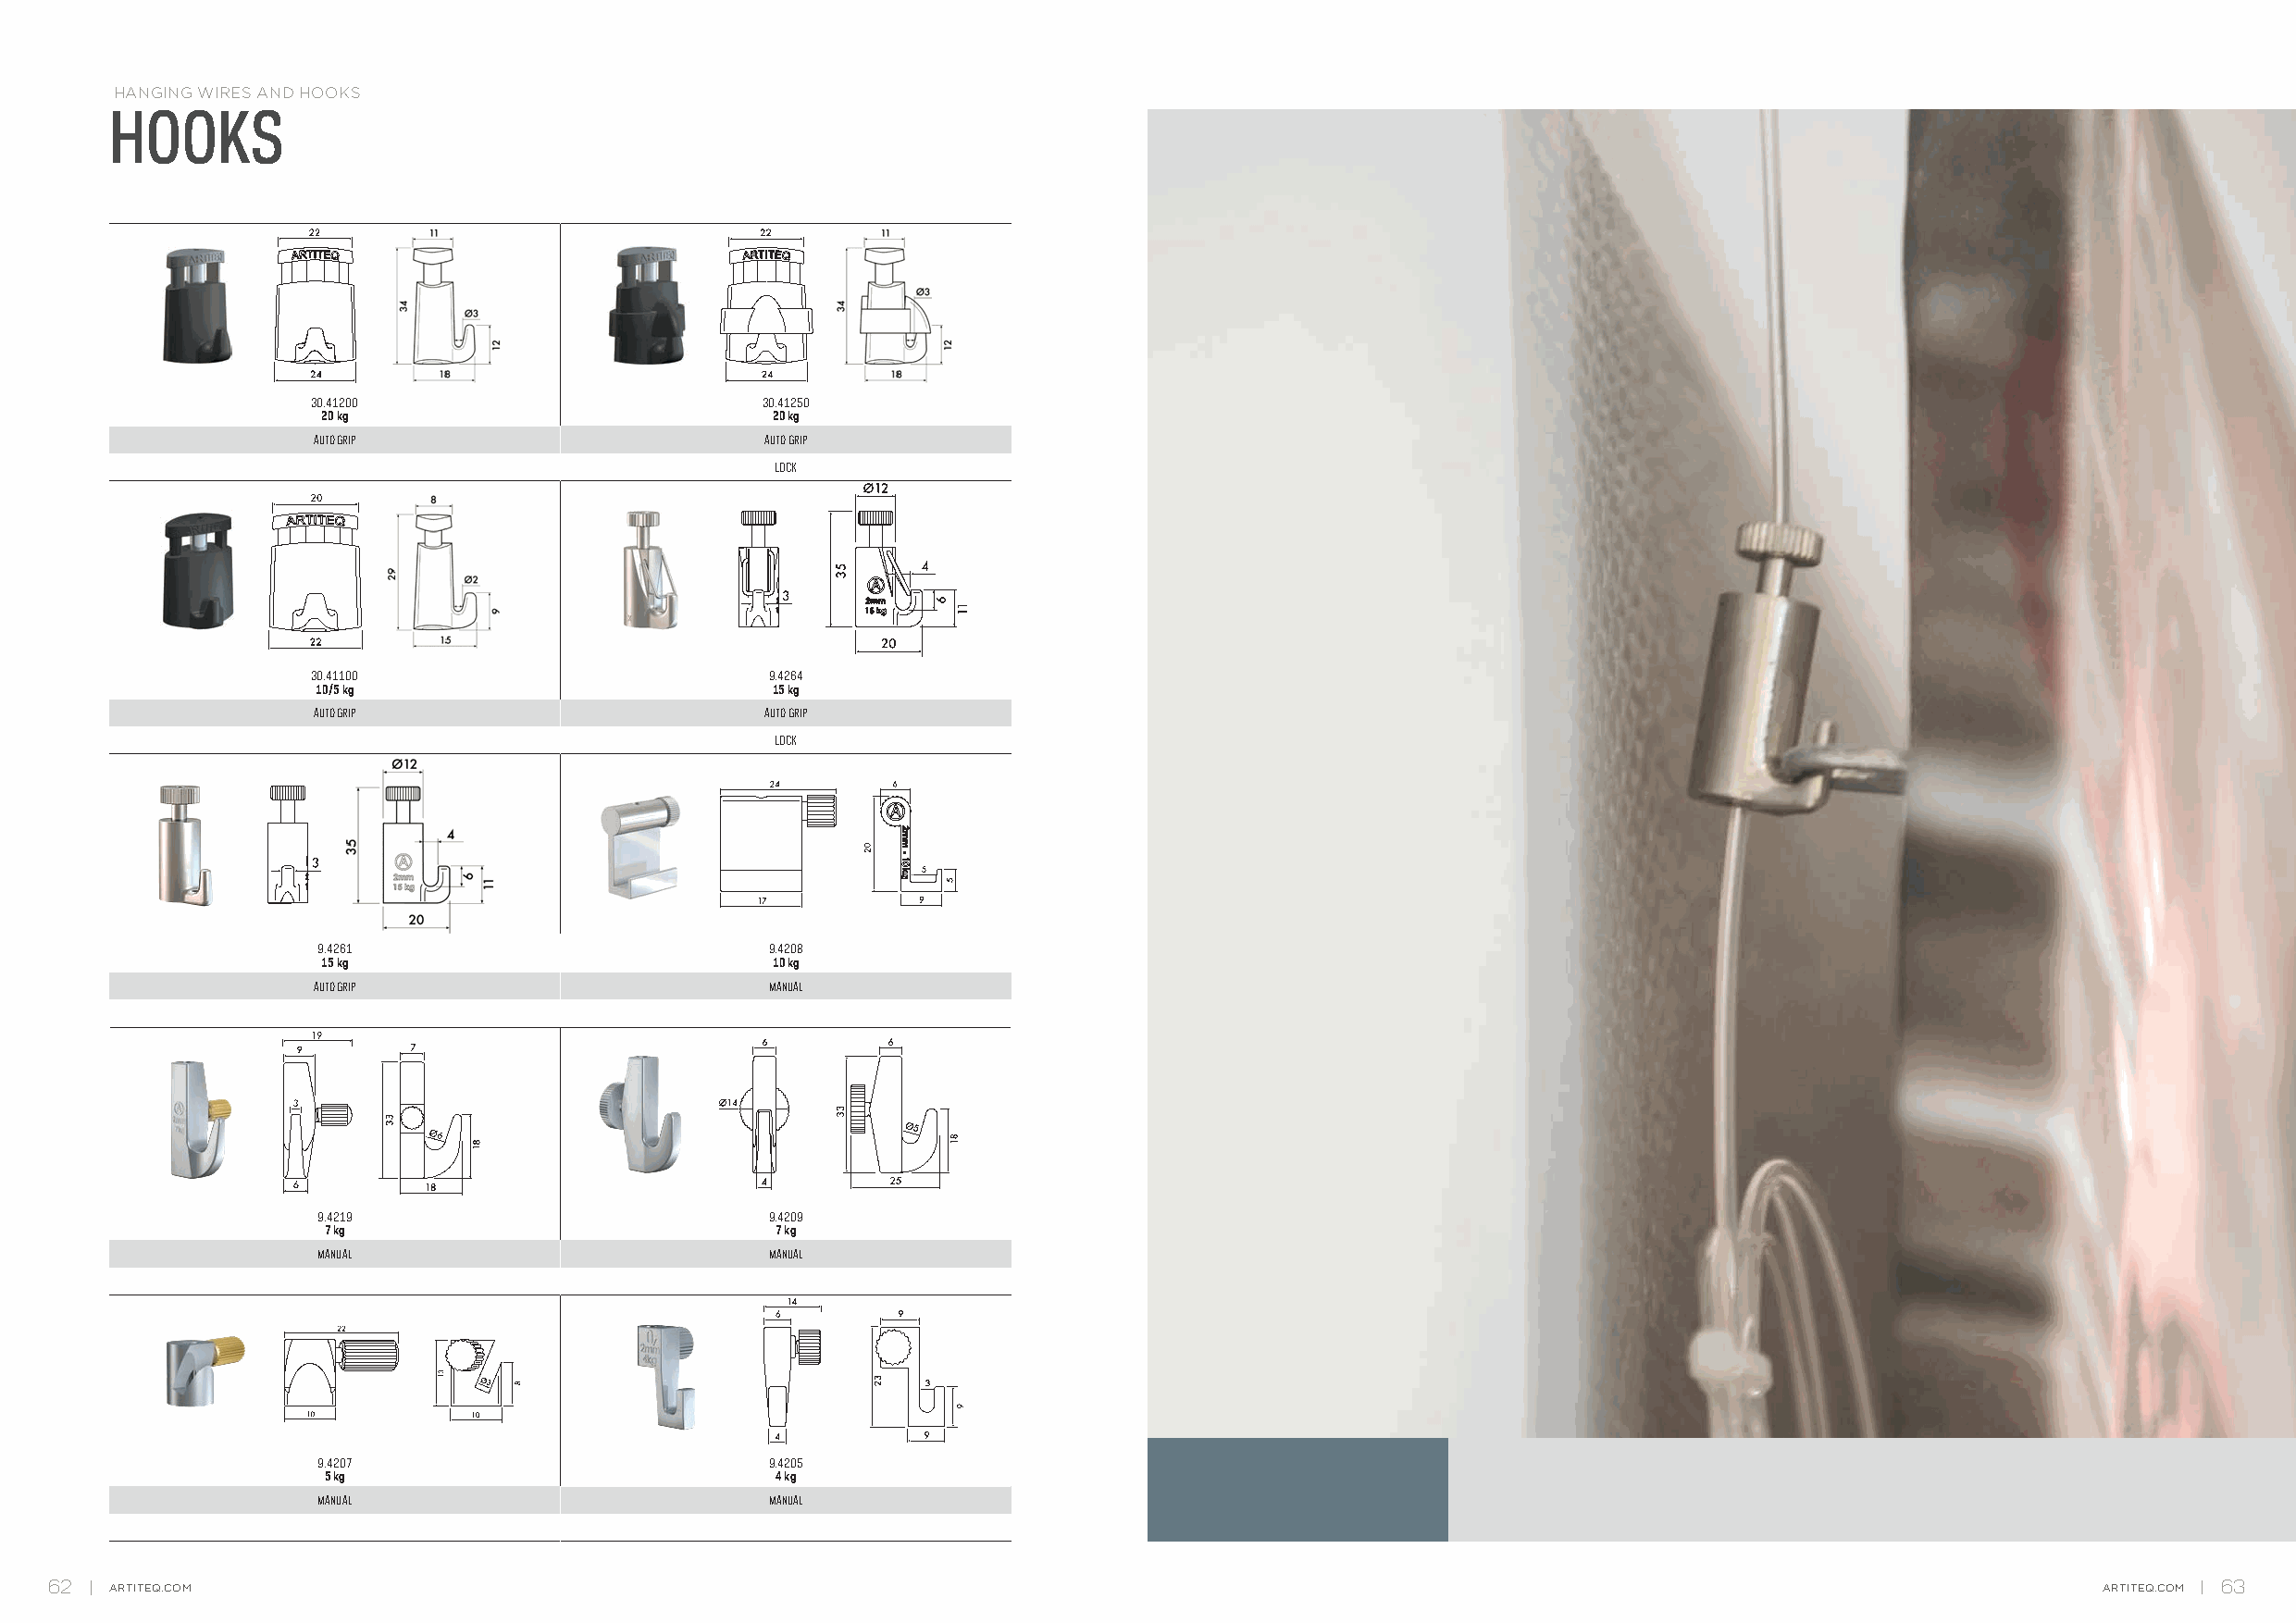
HANGING WIRES AND HOOKS
 HOOKS
 30.41200                         30.41250
 20 kg                           20 kg
 AUTO GRIP                        AUTO GRIP
 LOCK
 30.41100                         9.4264
 10/5 kg                         15 kg
 AUTO GRIP                        AUTO GRIP
 LOCK
 9
 9.4261                          9.4208
 15 kg                           10 kg
 AUTO GRIP                        MANUAL
 9.4219                          9.4209
 7 kg                            7 kg
 MANUAL                          MANUAL
 9.4207                          9.4205
 5 kg                            4 kg
 MANUAL                          MANUAL
 62   ARTITEQ.COM                                                                                                                                   ARTITEQ.COM 63